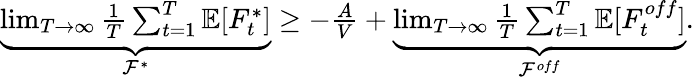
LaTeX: \begin{array}{r}{\underbrace{\operatorname*{lim}_{T\rightarrow\infty}\frac{1}{T}\sum_{t=1}^{T}\mathbb{E}[F_{t}^{*}]}_{\mathcal{F}^{*}}\ge-\frac{A}{V}+\underbrace{\operatorname*{lim}_{T\rightarrow\infty}\frac{1}{T}\sum_{t=1}^{T}\mathbb{E}[F_{t}^{off}]}_{\mathcal{F}^{off}}.}\end{array}